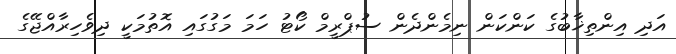
އަދި އިންތިޚާބުގެ ކަންކަން ނިމެންދެން ސުޕްރީމް ކޯޓު ހަމަ މަގުގައި އޮތުމަކީ ދިވެހިރާއްޖޭގެ